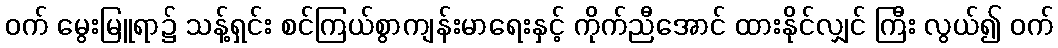
ဝက် မွေးမြူရာ၌ သန့်ရှင်း စင်ကြယ်စွာကျန်းမာရေးနှင့် ကိုက်ညီအောင် ထားနိုင်လျှင် ကြီး လွယ်၍ ဝက်